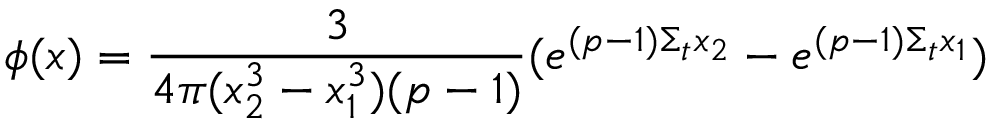
\phi ( x ) = \frac { 3 } { 4 \pi ( x _ { 2 } ^ { 3 } - x _ { 1 } ^ { 3 } ) ( p - 1 ) } ( e ^ { ( p - 1 ) \Sigma _ { t } x _ { 2 } } - e ^ { ( p - 1 ) \Sigma _ { t } x _ { 1 } } )